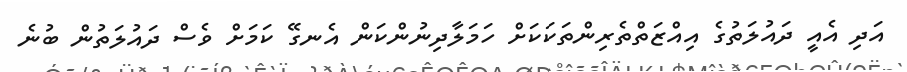
އަދި އެއީ ދައުލަތުގެ އިއްޒަތްތެރިންތަކަކަށް ހަމަލާދިނުންކަން އެނގޭ ކަމަށް ވެސް ދައުލަތުން ބުނެ